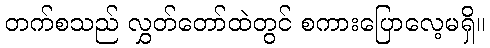
တက်စသည် လွှတ်တော်ထဲတွင် စကားပြောလေ့မရှိ။